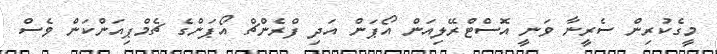
މީގެކުރިން ސެރީނާ ވަނީ އޮސްޓްރޭލިއަން އޯޕަން އަދި ފްރެންޗް އޯޕަންގެ ޗެމްޕިއަންކަން ވެސް